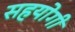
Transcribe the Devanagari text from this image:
सहयाेगी